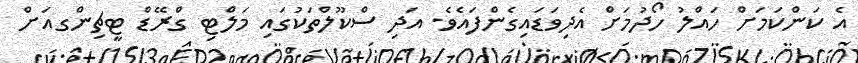
އެ ކަންކަމަށް ހައްލު ހޯދުމަށް އެދިވަޑައިގެންފައެވެ. އަދި ސްކޫލްތަކުގައި މަލްޓި ގްރޭޑް ޓީޗިންގއަށް